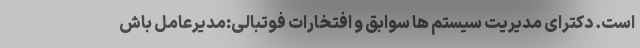
است. دکترای مدیریت سیستم ها سوابق و افتخارات فوتبالی:مدیرعامل باش